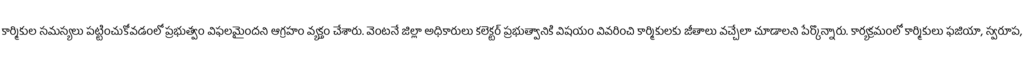
కార్మికుల సమస్యలు పట్టించుకోవడంలో ప్రభుత్వం విఫలమైందని ఆగ్రహం వ్యక్తం చేశారు. వెంటనే జిల్లా అధికారులు కలెక్టర్ ప్రభుత్వానికి విషయం వివరించి కార్మికులకు జీతాలు వచ్చేలా చూడాలని పేర్కొన్నారు. కార్యక్రమంలో కార్మికులు ఫజియా, స్వరూప,